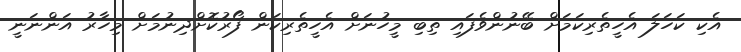
އެކި ކަހަލަ އެހީތެރިކަމަށް ބޭނުންވެފައި ތިބި މީހުނަށް އެހީތެރިކަން ފޯރުކޮށްދިނުމަށް މިހާރު އަންނަނީ